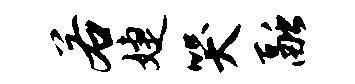
若婕哭融